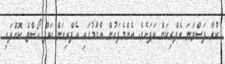
ކުރާ ފަސްވަނަ އެފްރިކަން ކަޕަށެވެ. އެންމެފަހުން އެގަުމުގައި އެފްރިކަން ކަޕް ހޯސްޓް ކޮށްފައި